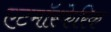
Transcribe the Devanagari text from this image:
एटमॉस्फेरिक